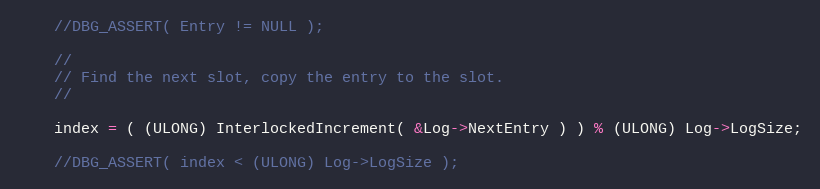
Language: C
    //DBG_ASSERT( Entry != NULL );

    //
    // Find the next slot, copy the entry to the slot.
    //

    index = ( (ULONG) InterlockedIncrement( &Log->NextEntry ) ) % (ULONG) Log->LogSize;

    //DBG_ASSERT( index < (ULONG) Log->LogSize );